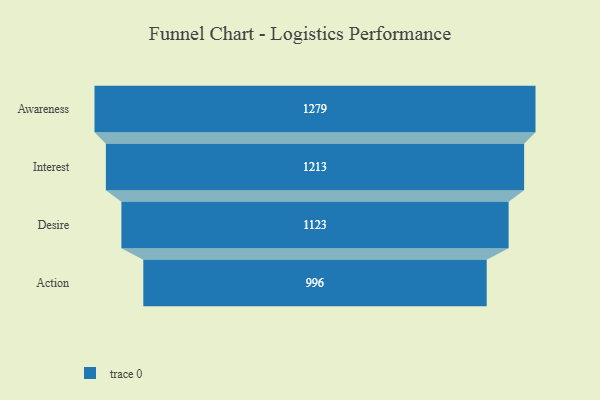
{"axis": {"x": "Stage", "y": "Value"}, "legend": [""], "data": [{"x": "Awareness", "y": 1279.0, "type": ""}, {"x": "Interest", "y": 1213.0, "type": ""}, {"x": "Desire", "y": 1123.0, "type": ""}, {"x": "Action", "y": 996.0, "type": ""}]}